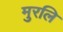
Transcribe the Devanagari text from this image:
मुरलि